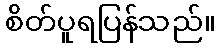
စိတ်ပူရပြန်သည်။